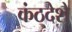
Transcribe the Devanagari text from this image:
कंठदेशे